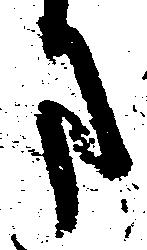
ま